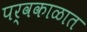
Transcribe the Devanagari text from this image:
पर्वकाळात